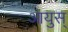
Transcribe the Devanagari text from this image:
आयुस्‌